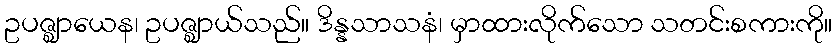
ဥပဇ္ဈာယေန၊ ဥပဇ္ဈာယ်သည်။ ဒိန္နသာသနံ၊ မှာထားလိုက်သော သတင်းစကားကို။